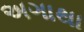
અગાથા